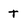
Character: T